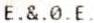
E.&.0.E.